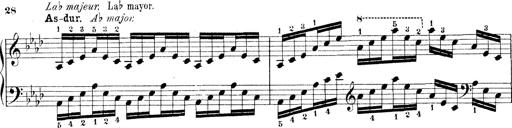
Title: Technische Studien
Composer: Franz Liszt